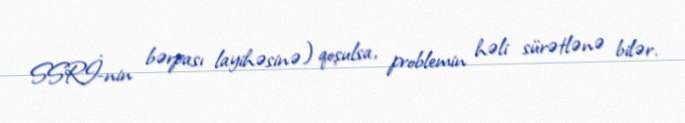
SSRİ-nin bərpası layihəsinə) qoşulsa, problemin həli sürətlənə bilər.